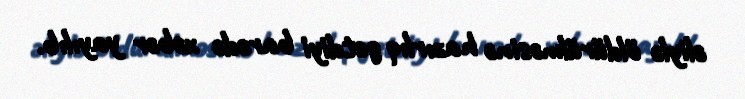
əliylə öldürülməsinə hazırlıq getdiyi barədə xəbər yayılıb.